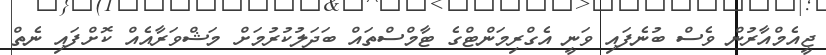
ޖީއެމްއާރުން ވެސް ބުނެފައި ވަނީ އެގްރިމަންޓްގެ ޓާމްސްތައް ބަދަލުކުރުމަށް މަޝްވަރާއެއް ކޮށްފައި ނެތް